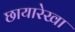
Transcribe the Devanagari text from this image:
छायारेखा